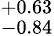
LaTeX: ^{+0.63}_{-0.84}